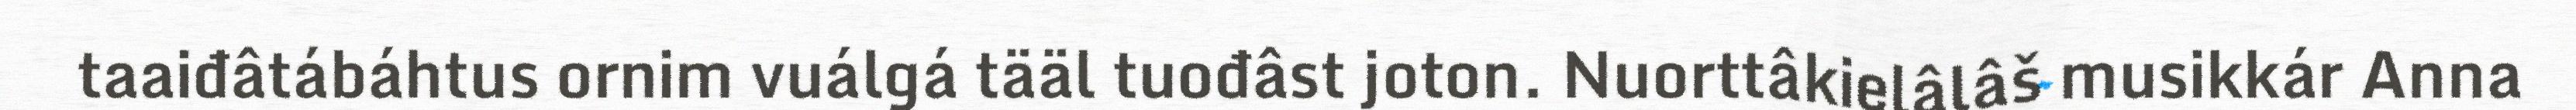
taaiđâtábáhtus ornim vuálgá tääl tuođâst joton. Nuorttâkielâlâš musikkár Anna